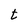
Character: t